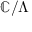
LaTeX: \mathbb { C } / \Lambda